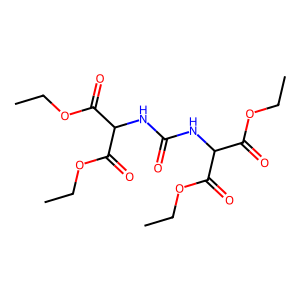
SMILES: CCOC(=O)C(NC(=O)NC(C(=O)OCC)C(=O)OCC)C(=O)OCC
Inhibits HIV replication: No